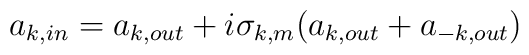
a_{k,in}= a_{k,out}+ i\sigma_{k,m} (a_{k,out}+a_{-k,out})